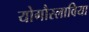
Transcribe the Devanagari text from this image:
योगौस्लाविया